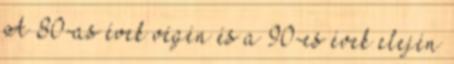
A 80-as évek végén és a 90-es évek elején